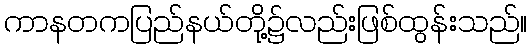
ကာနတကပြည်နယ်တို့၌လည်းဖြစ်ထွန်းသည်။